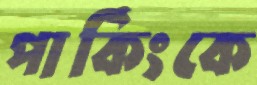
পার্কিংকে